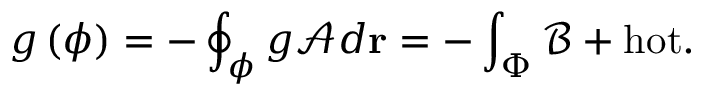
g \left( \phi \right) = - \oint _ { \phi } g \mathcal { A } d \mathbf { r } = - \int _ { \Phi } \mathcal { B } + \mathrm { h o t } .